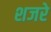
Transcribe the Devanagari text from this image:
शजरे